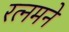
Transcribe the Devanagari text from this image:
रत्नमने